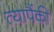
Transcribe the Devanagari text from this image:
त्यापैंकी